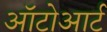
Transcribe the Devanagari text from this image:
ऑटोआर्ट